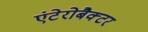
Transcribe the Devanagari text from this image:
एंटेरोबैक्टर